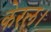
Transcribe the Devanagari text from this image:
केरल।